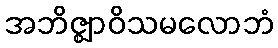
အဘိဇ္ဈာဝိသမလောဘံ